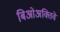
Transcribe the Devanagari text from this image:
बिओअक्तिवे